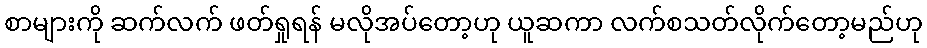
စာများကို ဆက်လက် ဖတ်ရှုရန် မလိုအပ်တော့ဟု ယူဆကာ လက်စသတ်လိုက်တော့မည်ဟု